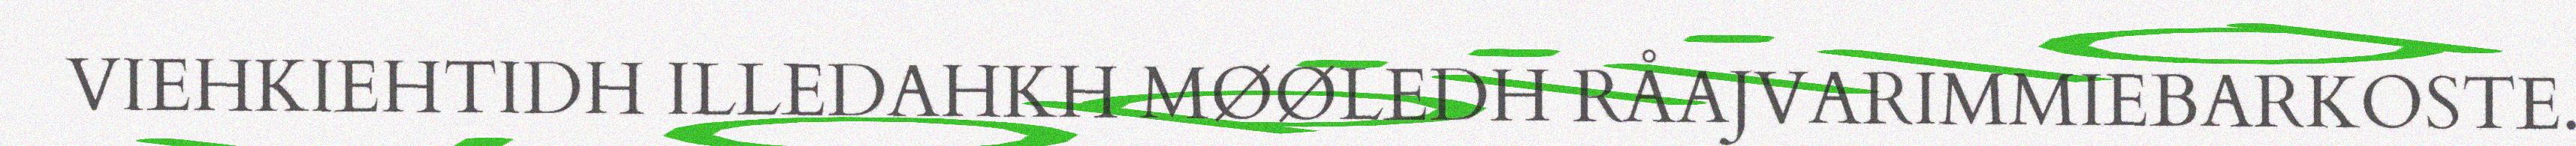
VIEHKIEHTIDH ILLEDAHKH MØØLEDH RÅAJVARIMMIEBARKOSTE.